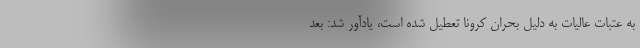
به عتبات عالیات به دلیل بحران کرونا تعطیل شده است، یادآور شد: بعد